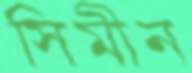
সিমীন